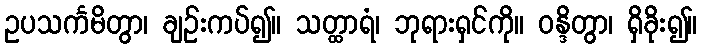
ဥပသင်္ကမိတွာ၊ ချဉ်းကပ်၍။ သတ္ထာရံ၊ ဘုရားရှင်ကို။ ဝန္ဒိတွာ၊ ရှိခိုး၍။